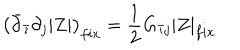
\left( \bar { \partial } _ { \bar { \imath } } \partial _ { j } | Z | \right) _ { f i x } = \frac { 1 } { 2 } G _ { \bar { \imath } j } | Z | _ { f i x }